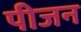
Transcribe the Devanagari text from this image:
पीजन